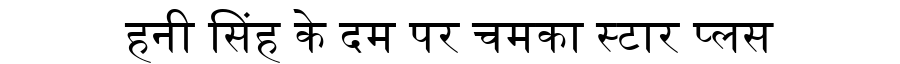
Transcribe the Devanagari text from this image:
हनी सिंह के दम पर चमका स्टार प्लस